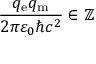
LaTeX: { \frac { q _ { \mathrm { e } } q _ { \mathrm { m } } } { 2 \pi \varepsilon _ { 0 } \hbar c ^ { 2 } } } \in \mathbb { Z }